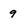
Character: 9